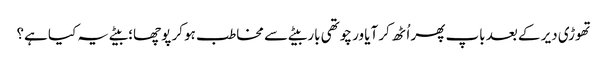
تھوڑی دیر کے بعد باپ پھر اُٹھ کر آیا ور چوتھی بار بیٹے سے مخاطب ہو کر پوچھا؛ بیٹے یہ کیا ہے؟